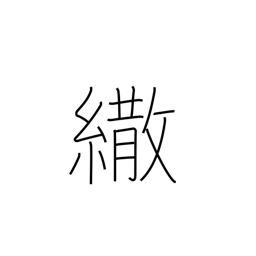
Meaning: parasol